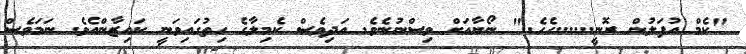
"ކެމް އުފަލުން ރޮނީ......ހެހެ.." ނޯޔާއަށް ވިސްނުނެވެ. އަދިވެސް ކެމިލާގެ ހިތުގައިވަނީ ކައިޒާންއެވެ. ނަމަވެސް